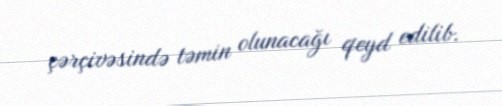
çərçivəsində təmin olunacağı qeyd edilib.